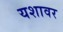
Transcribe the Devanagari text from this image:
यशावर